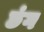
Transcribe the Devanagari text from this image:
छंग